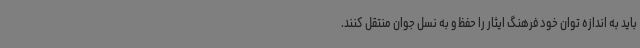
باید به اندازه توان خود فرهنگ ایثار را حفظ و به نسل جوان منتقل کنند.